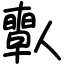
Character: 𠐱